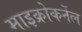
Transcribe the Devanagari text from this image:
माइक्रोकर्नेल